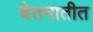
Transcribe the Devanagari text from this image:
चेतनातीत